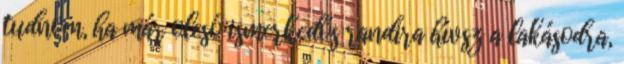
tudnom, ha már olcsó ismerkedős randira hívsz a lakásodra,